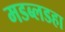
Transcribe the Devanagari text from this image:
मडब्लडहा